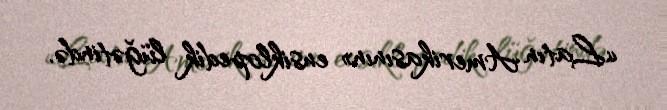
«Latın Amerikasının» ensiklopedik lüğətində.